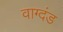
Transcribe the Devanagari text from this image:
वाग्दंड